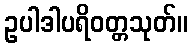
ဥပါဒါပရိဝတ္တသုတ်။